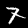
Label: 7